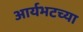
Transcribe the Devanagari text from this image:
आर्यभटच्या